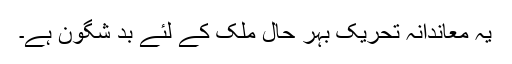
یہ معاندانہ تحریک بہر حال ملک کے لئے بد شگون ہے۔